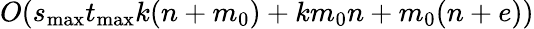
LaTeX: O(s_{\mathrm{max}}t_{\mathrm{max}}k(n+m_{0})+km_{0}n+m_{0}(n+e))